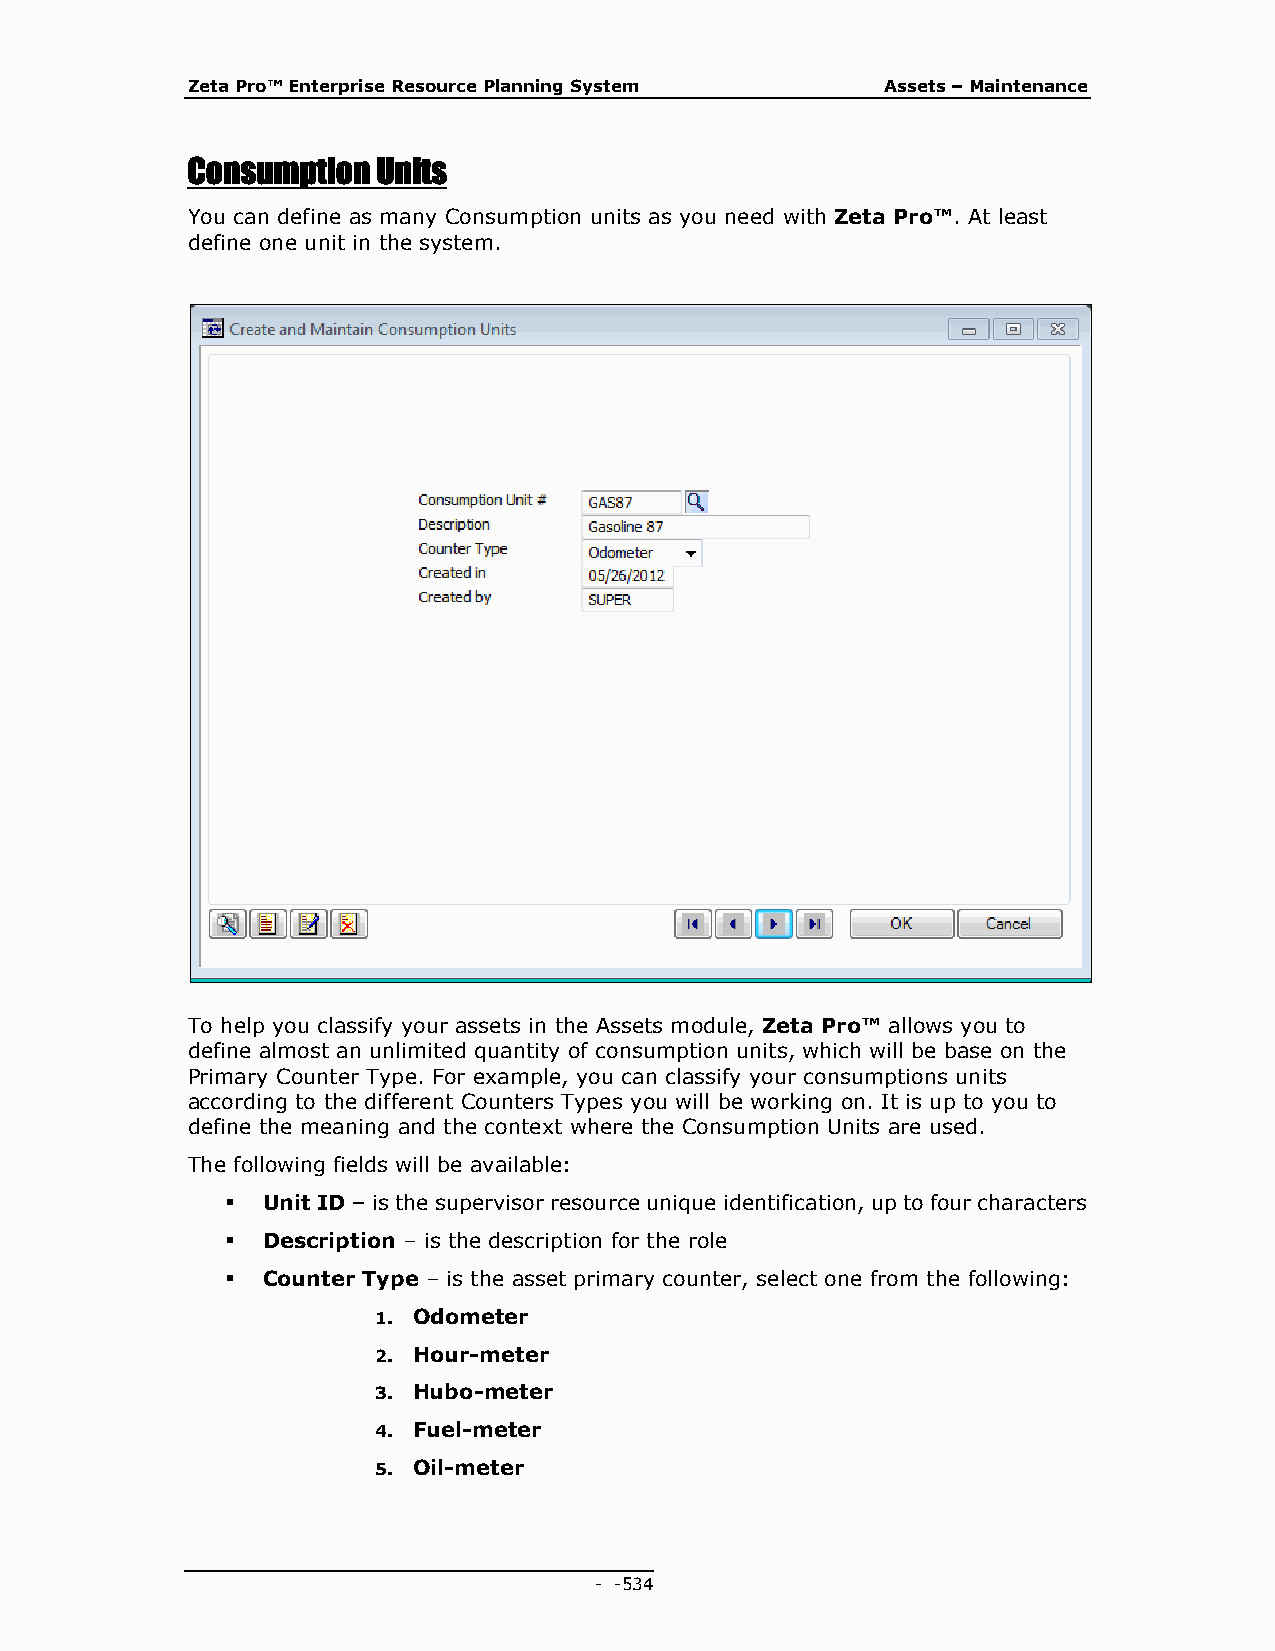
Zeta Pro™ Enterprise Resource Planning System  Assets – Maintenance
 Consumption  Units
 You can define as many Consumption units as you need with Zeta Pro™. At least
 define one unit in the system.
 To help you classify your assets in the Assets module, Zeta Pro™ allows you to
 define almost an unlimited quantity of consumption units, which will be base on the
 Primary Counter Type. For example, you can classify your consumptions units
 according to the different Counters Types you will be working on. It is up to you to
 define the meaning and the context where the Consumption Units are used.
 The following fields will be available:
  Unit ID – is the supervisor resource unique identification, up to four characters
  Description – is the description for the role
  Counter Type – is the asset primary counter, select one from the following:
 1. Odometer
 2. Hour-meter
 3. Hubo-meter
 4. Fuel-meter
 5. Oil-meter
 - - 534